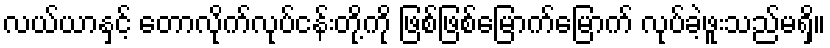
လယ်ယာနှင့် တောလိုက်လုပ်ငန်းတို့ကို ဖြစ်ဖြစ်မြောက်မြောက် လုပ်ခဲ့ဖူးသည်မရှိ။